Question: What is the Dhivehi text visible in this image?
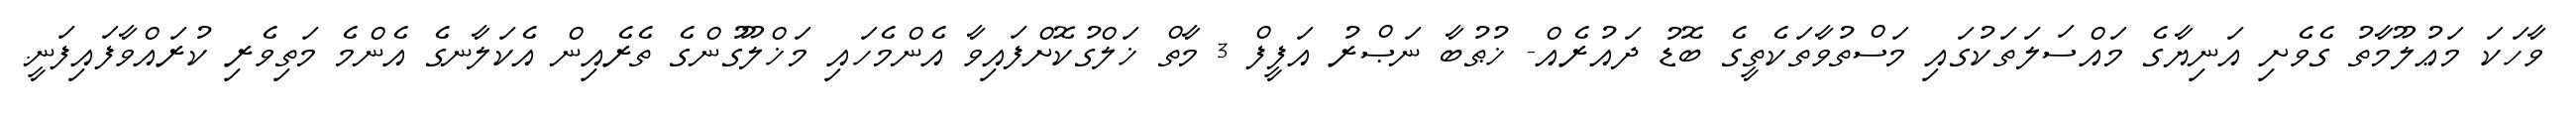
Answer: ވާހަކަ މަޢުލޫމާތު ގެވެށި އަނިޔާގެ މައްސަލަތަކުގައި މަސްތުވާތަކެތީގެ ބޮޑު ދައުރެއް- ޚުޠުބާ ނަޞްރު އަފީފް 3 މާތް ޚަލްގުކޮށްފައިވާ އެންމެހައި މަޚްލޫގުންގެ ތެރެއިން އެކަލާނގެ އެންމެ މަތިވެރި ކުރައްވާފައިފަނީ.